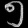
Digit: ၅